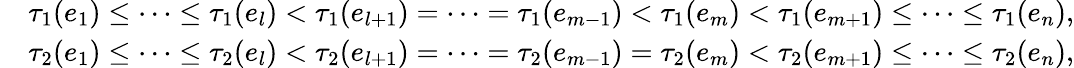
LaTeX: \begin{array}{rl}&{\tau_{1}(e_{1})\leq\cdots\leq\tau_{1}(e_{l})<\tau_{1}(e_{l+1})=\cdots=\tau_{1}(e_{m-1})<\tau_{1}(e_{m})<\tau_{1}(e_{m+1})\leq\cdots\leq\tau_{1}(e_{n}),}\\ &{\tau_{2}(e_{1})\leq\cdots\leq\tau_{2}(e_{l})<\tau_{2}(e_{l+1})=\cdots=\tau_{2}(e_{m-1})=\tau_{2}(e_{m})<\tau_{2}(e_{m+1})\leq\cdots\leq\tau_{2}(e_{n}),}\end{array}